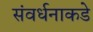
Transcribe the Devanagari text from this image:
संवर्धनाकडे